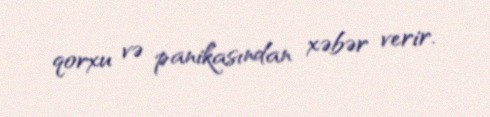
qorxu və panikasından xəbər verir.